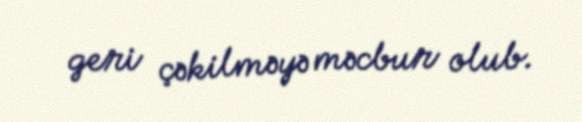
geri çəkilməyə məcbur olub.